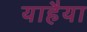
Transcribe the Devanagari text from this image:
याहैया